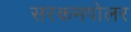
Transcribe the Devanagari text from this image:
सरकमपोलर